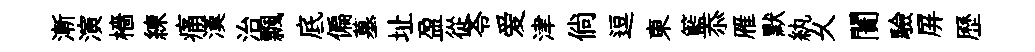
漸演檣練痛漢治飄底偏墓址盈從苓爱津倘逗東籃忝雁默紈乆闠驗屏歷